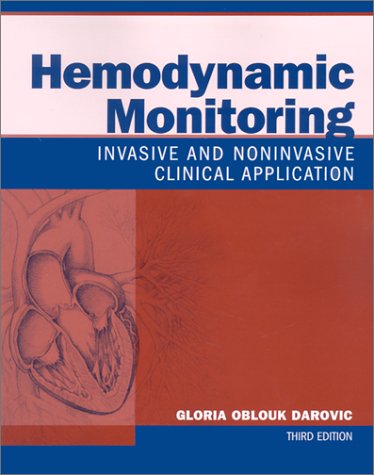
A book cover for Hemodynamic Monitoring: Invasive and Noninvasive Clinical Application; Gloria Oblouk Darovic RN  CCRN; Medical Books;